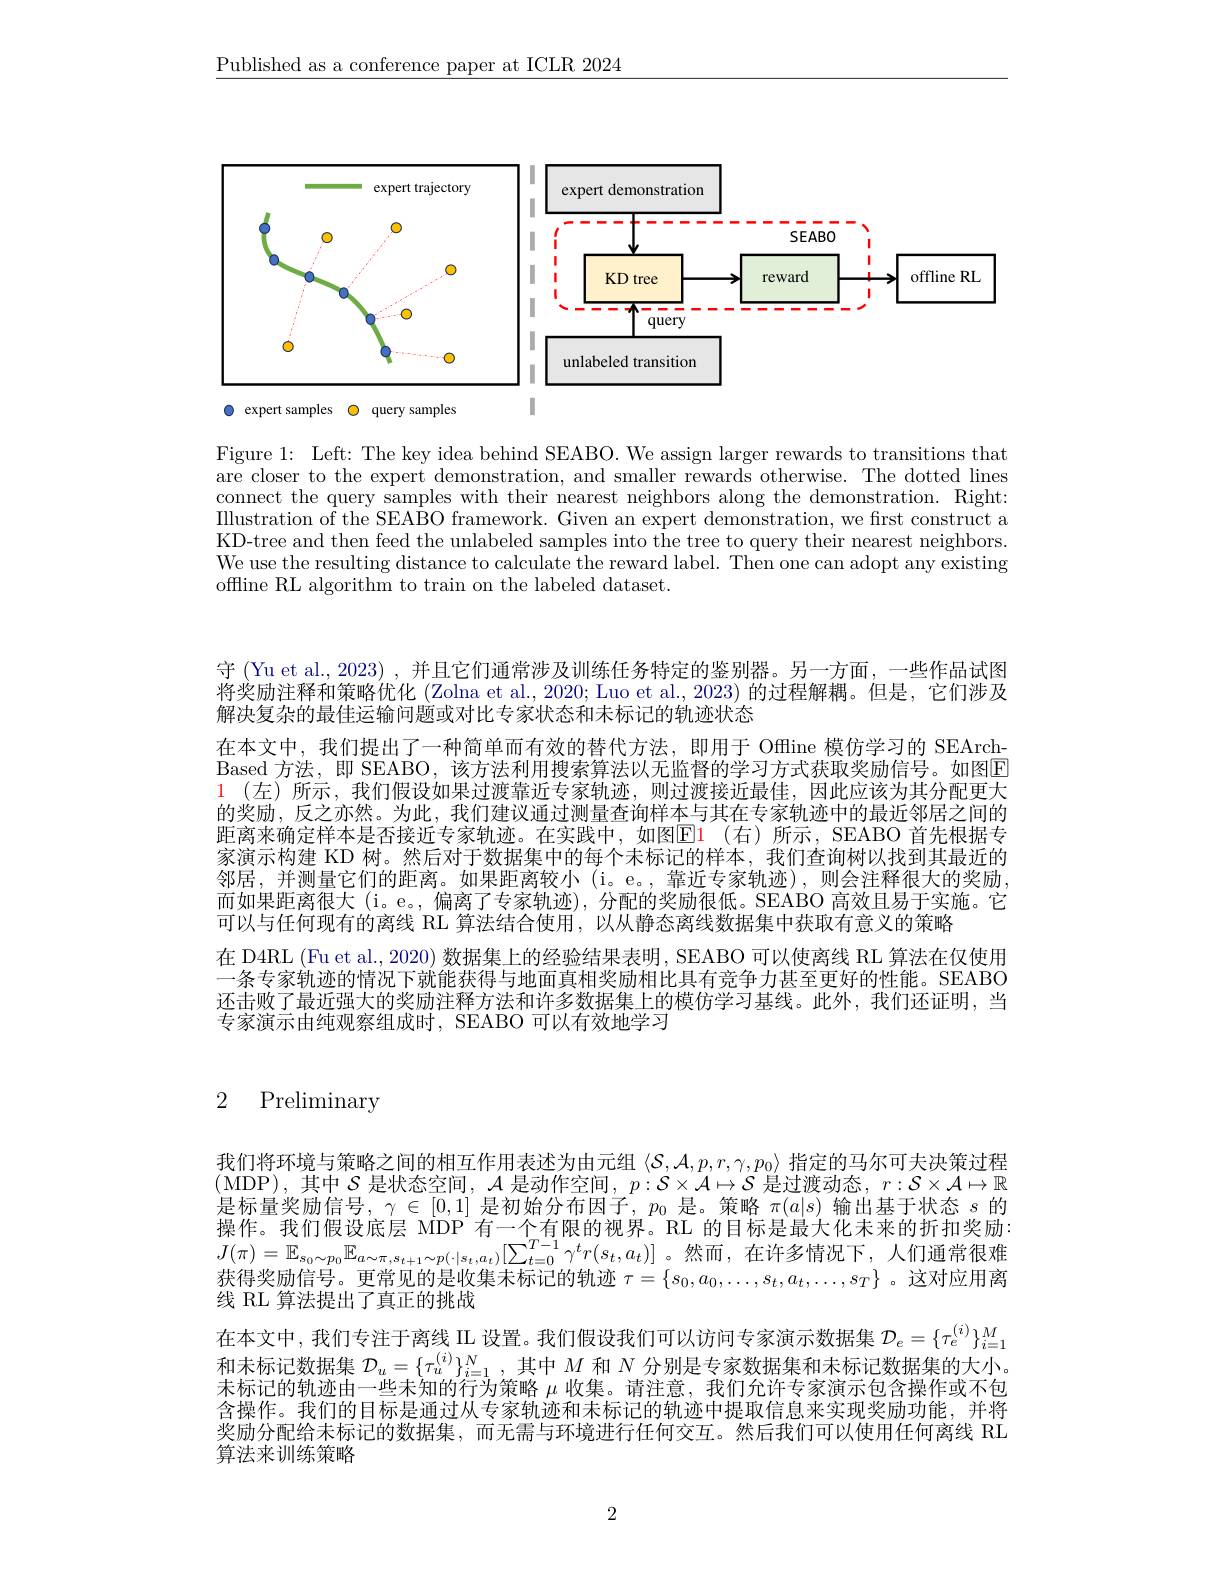
$\underline{\text{Published as a conference paper at ICLR 2024}}$

<FigureHere>
0 expert samples O query samples

Figure 1: Left: The key idea behind SEABO. We assign larger rewards to transitions that are closer to the expert demonstration, and smaller rewards otherwise. The dotted lines connect the query samples with their nearest neighbors along the demonstration. Right: Illustration of the SEABO framework. Given an expert demonstration, we first construct a KD-tree and then feed the unlabeled samples into the tree to query their nearest neighbors. We use the resulting distance to calculate the reward label. Then one can adopt any existing offline RL algorithm to train on the labeled dataset.

守 (Yu et al., 2023) , 并且它们通常涉及训练任务特定的鉴别器。另一方面，一些作品试图将奖励注释和策略优化 (Zolna et al., 2020; Luo et al., 2023) 的过程解耦。但是，它们涉及解决复杂的最佳运输问题或对比专家状态和未标记的轨迹状态
在本文中，我们提出了一种简单而有效的替代方法，即用于 Offline 模仿学习的 SEArchBased 方法，即 SEABO, 该方法利用搜索算法以无监督的学习方式获取奖励信号。如图E 1 (左)所示，我们假设如果过渡靠近专家轨迹，则过渡接近最佳，因此应该为其分配更大的奖励，反之亦然。为此，我们建议通过测量查询样本与其在专家轨迹中的最近邻居之间的距离来确定样本是否接近专家轨迹。在实践中，如图$\color{red}{\mathrm{El}}$1(右)所示，SEABO 首先根据专家演示构建 KD 树。然后对于数据集中的每个未标记的样本，我们查询树以找到其最近的邻居，并测量它们的距离。如果距离较小 (i。e。,靠近专家轨迹),则会注释很大的奖励， 而如果距离很大 (i。e。,偏离了专家轨迹),分配的奖励很低。SEABO 高效且易于实施。它可以与任何现有的离线 RL 算法结合使用，以从静态离线数据集中获取有意义的策略
在 D4RL (Fu et al., 2020) 数据集上的经验结果表明，SEABO 可以使离线 RL 算法在仅使用一条专家轨迹的情况下就能获得与地面真相奖励相比具有竞争力甚至更好的性能。SEABO 还击败了最近强大的奖励注释方法和许多数据集上的模仿学习基线。此外，我们还证明，当专家演示由纯观察组成时，SEABO 可以有效地学习

## 2 Preliminary

我们将环境与策略之间的相互作用表述为由元组$\langle\mathcal{S},\mathcal{A},p,r,\gamma,p_0\rangle$指定的马尔可夫决策过程
$b:S\times\mathcal{A}\mapsto\mathcal{S}$是
$r:\mathcal{S}\times\mathcal{A}\mapsto\mathbb{R}$
是标量奖励信号，$\gamma\in[0,1]$是初始分布因子，$p_0$是。策略$\pi(a|s)$输出基于状态$s$的操 作 。我 们 假 设 底 层 MDP 有 一 个 有 限 的 视 界 。RL 的 目 标 是 最 大 化 未 来 的 折 扣 奖 励 : $J( \pi ) = \mathbb{E} _{s_0\sim p_0}\mathbb{E} _{a\sim \pi , s_t+ 1\sim p( \cdot | s_t, a_t) }[ \sum _{t= 0}^{T- 1}\gamma ^tr( s_t, a_t) ]$。然 而 , 在 许 多 情 况 下 , 人 们 通 常 很 难 本 组 将 品 信 马 面 首 回 的 昌 阶 集 丰 标 记 的 轴 迹 $\pi = \{ e_x, a_x, \ldots , a_x\}$这 对 应 用 离获得奖励信号。更常见的是收集未标记的轨迹$\tau=\{s_0,a_0,\ldots,s_t,a_t,\ldots,s_T\}$ 。这对应用离线 RL 算法提出了真正的挑战
在本文中，我们专注于离线 IIL 设置。我们假设我们可以访问专家演示数据集$\mathcal{D}_e=\{\tau_e^{(i)}\}_{i=1}^M$ 和未标记数据集$\mathcal{D}_u=\{\tau_u^{(i)}\}_{i=1}^N$,其中$M$和$N$分别是专家数据集和未标记数据集的大小。未标记的轨迹由一些未知的行为策略$\mu$收集。请注意，我们允许专家演示包含操作或不包含操作。我们的目标是通过从专家轨迹和未标记的轨迹中提取信息来实现奖励功能，并将奖励分配给未标记的数据集，而无需与环境进行任何交互。然后我们可以使用任何离线 RL 算法来训练策略

2